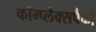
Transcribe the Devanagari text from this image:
कॉम्प्लेक्सपैकी